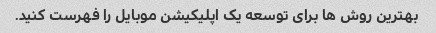
بهترین روش ها برای توسعه یک اپلیکیشن موبایل را فهرست کنید.